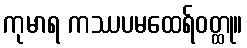
ကုမာရ ကဿပမထေရ်ဝတ္ထု။